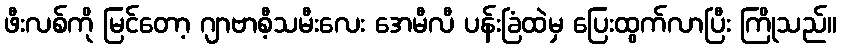
ဖီးလစ်ကို မြင်တော့ ဂျာဗာစီ့သမီးလေး အေမီလီ ပန်းခြံထဲမှ ပြေးထွက်လာပြီး ကြိုသည်။